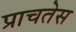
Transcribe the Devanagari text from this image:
प्राचतेस